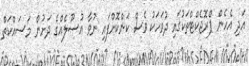
އަދި އެހެން ޕްރޮޖެކްޓްތަކުގައި ދުވަހަކު ވެސް ކަންކޮށްފައި ނުވާ އުސޫލެއްގެ ދަށުން މަސައްކަތް